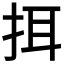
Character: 挕